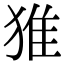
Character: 猚